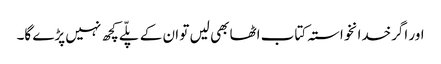
اور اگرخدانخواستہ کتاب اٹھا بھی لیں تو ان کے پلّے کچھ نہیں پڑے گا۔